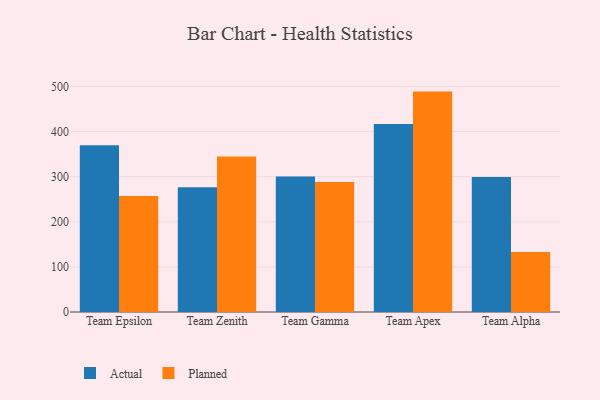
{"axis": {"x": "Team", "y": "Latency (ms)"}, "legend": ["Actual", "Planned"], "data": [{"x": "Team Epsilon", "y": 369.7, "type": "Actual"}, {"x": "Team Epsilon", "y": 257.4, "type": "Planned"}, {"x": "Team Zenith", "y": 276.4, "type": "Actual"}, {"x": "Team Zenith", "y": 344.6, "type": "Planned"}, {"x": "Team Gamma", "y": 300.7, "type": "Actual"}, {"x": "Team Gamma", "y": 288.0, "type": "Planned"}, {"x": "Team Apex", "y": 416.9, "type": "Actual"}, {"x": "Team Apex", "y": 488.7, "type": "Planned"}, {"x": "Team Alpha", "y": 299.6, "type": "Actual"}, {"x": "Team Alpha", "y": 133.3, "type": "Planned"}]}